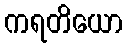
ကရတိယော